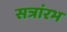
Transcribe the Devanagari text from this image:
सत्रांरभ